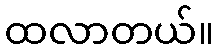
ထလာတယ်။